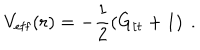
LaTeX: V _ { \mathrm { e f f } } ( r ) = - \frac { 1 } { 2 } \left( G _ { t t } + 1 \right) \ .